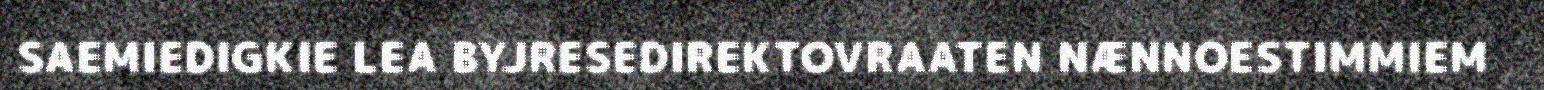
SAEMIEDIGKIE LEA BYJRESEDIREKTOVRAATEN NÆNNOESTIMMIEM